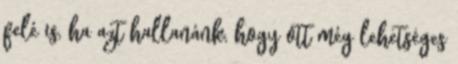
felé is, ha azt hallanánk, hogy ott még lehetséges